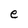
Character: e